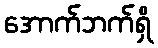
အောက်ဘက်ရှိ